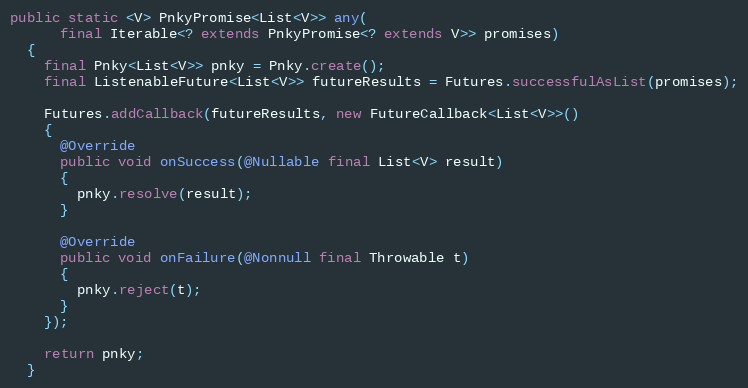
Language: Java
public static <V> PnkyPromise<List<V>> any(
      final Iterable<? extends PnkyPromise<? extends V>> promises)
  {
    final Pnky<List<V>> pnky = Pnky.create();
    final ListenableFuture<List<V>> futureResults = Futures.successfulAsList(promises);

    Futures.addCallback(futureResults, new FutureCallback<List<V>>()
    {
      @Override
      public void onSuccess(@Nullable final List<V> result)
      {
        pnky.resolve(result);
      }

      @Override
      public void onFailure(@Nonnull final Throwable t)
      {
        pnky.reject(t);
      }
    });

    return pnky;
  }